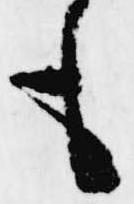
も